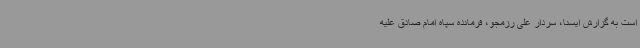
است به گزارش ایسنا، سردار علی رزمجو، فرمانده سپاه امام صادق علیه